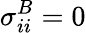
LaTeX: \sigma_{ii}^{B}=0